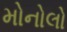
મોનોલો